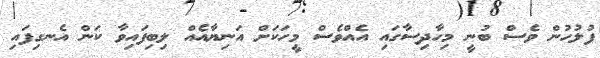
ފުލުހުން ވެސް ބުނީ މިހާދިސާގައި އެއްވެސް މީހަކަށް އަނިޔާއެއް ލިބިފައިވާ ކަން އެނގިފައި